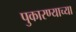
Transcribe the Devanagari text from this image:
पुकारण्याच्या